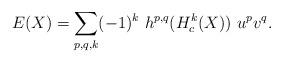
LaTeX: \begin{align*}E(X)=\sum _{p,q,k} (-1)^k\ h^{p,q}(H^k_c(X))\ u^pv^q.\end{align*}